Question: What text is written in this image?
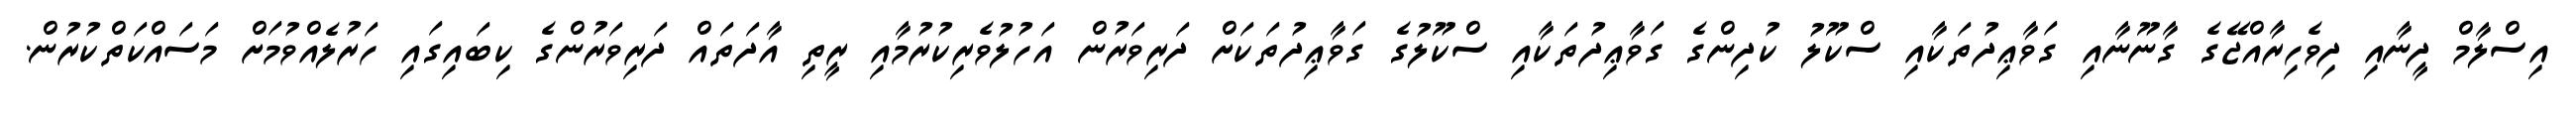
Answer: އިސްލާމް ދީނާއި ދިވެހިރާއްޖޭގެ ގާނޫނާއި ގަވާޢިދުތަކާއި ސްކޫލު ކުދިންގެ ގަވާޢިދުތަކާއި ސްކޫލުގެ ގަވާޢިދުތަކަށް ދަރިވަރުން އަހުލުވެރިކުރުމާއި ރީތި އާދަތައް ދަރިވަރުންގެ ކިބައިގައި ހަރުލެއްވުމަށް މަސައްކަތްކުރުން.